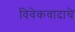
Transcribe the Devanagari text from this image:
विवेकवादाचे